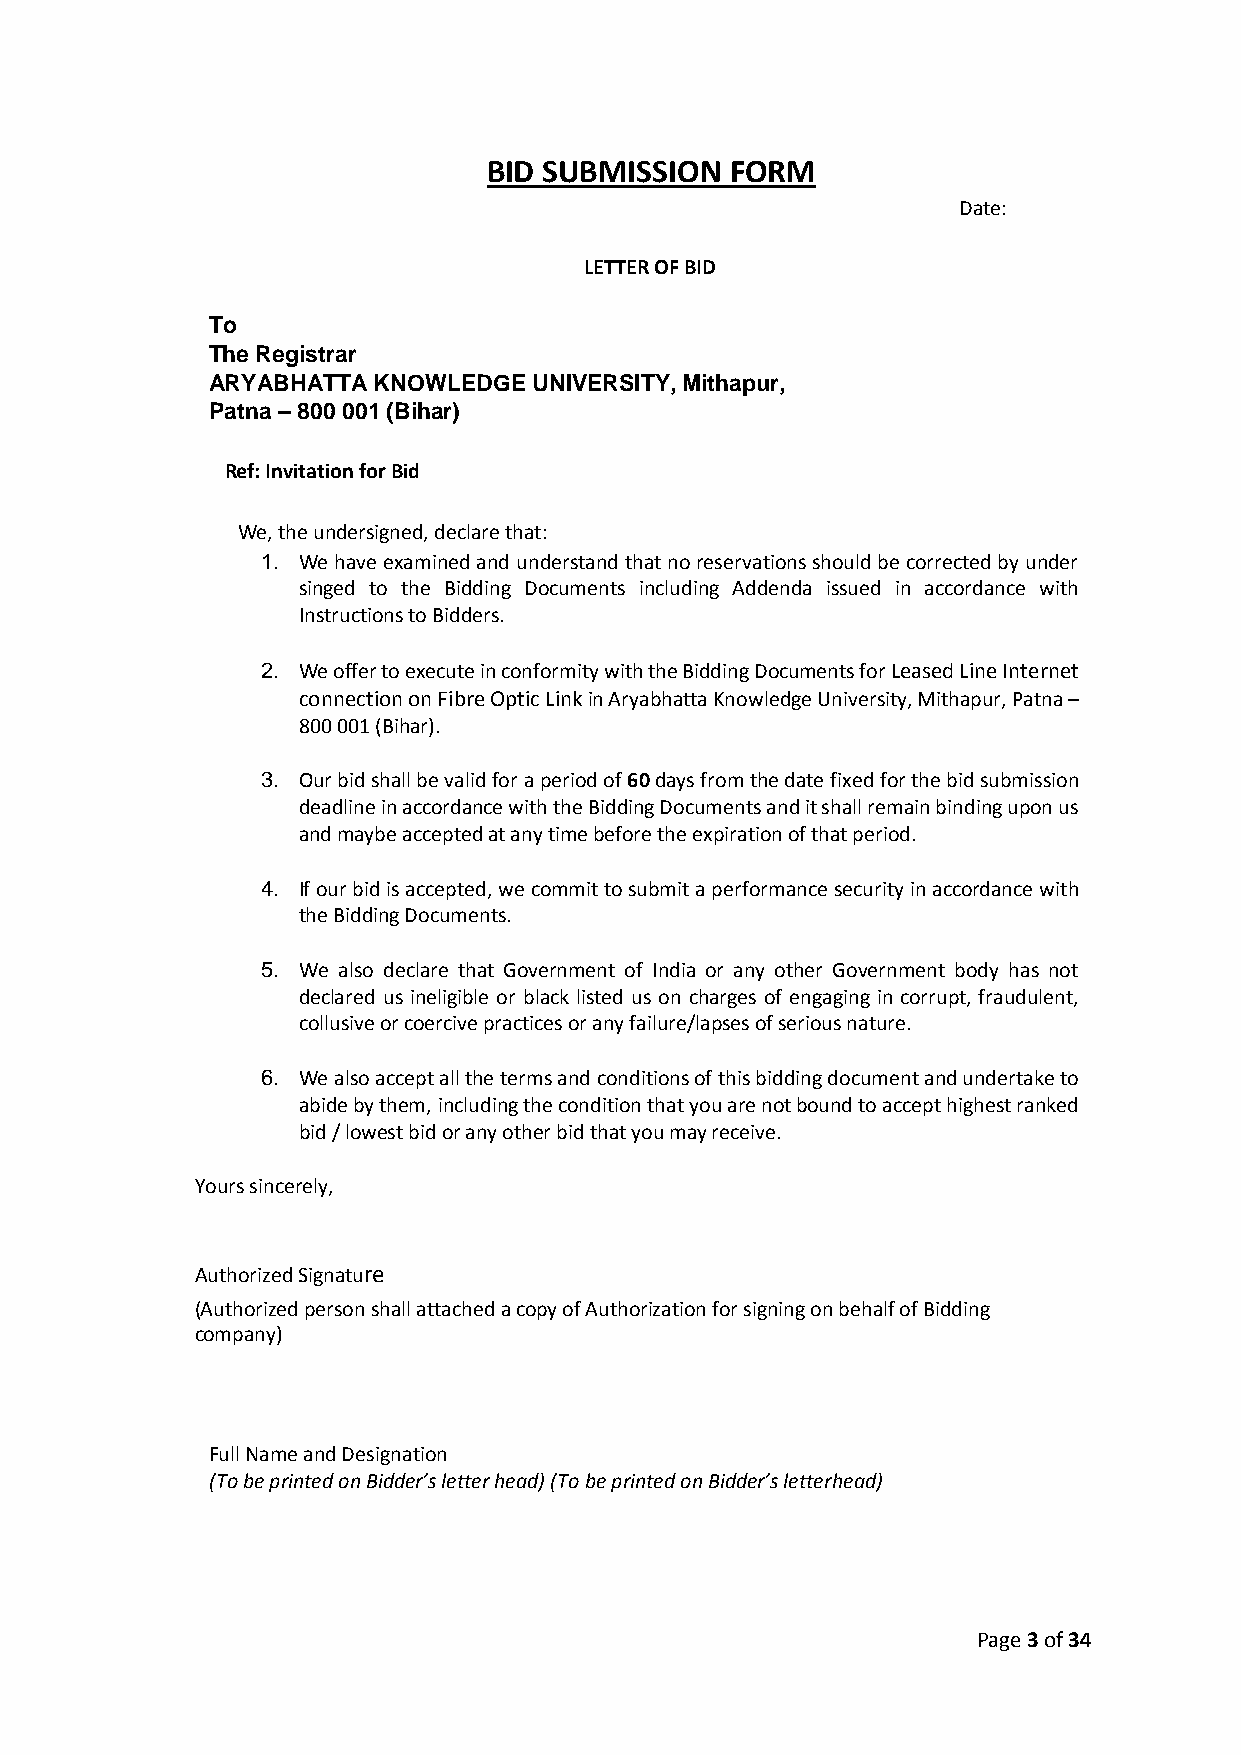
BID SUBMISSION  FORM
 Date:
 LETTER OF BID
 To
 The Registrar
 ARYABHATTA KNOWLEDGE UNIVERSITY, Mithapur,
 Patna – 800 001 (Bihar)
 Ref: Invitation for Bid
 We, the undersigned, declare that:
 1. We have examined and understand that no reservations should be corrected by under
 singed to the Bidding Documents including Addenda issued in accordance with
 Instructions to Bidders.
 2. We offer to execute in conformity with the Bidding Documents for Leased Line Internet
 connection on Fibre Optic Link in Aryabhatta Knowledge University, Mithapur, Patna –
 800 001 (Bihar).
 3. Our bid shall be valid for a period of 60 days from the date fixed for the bid submission
 deadline in accordance with the Bidding Documents and it shall remain binding upon us
 and maybe accepted at any time before the expiration of that period.
 4. If our bid is accepted, we commit to submit a performance security in accordance with
 the Bidding Documents.
 5. We also declare that Government of India or any other Government body has not
 declared us ineligible or black listed us on charges of engaging in corrupt, fraudulent,
 collusive or coercive practices or any failure/lapses of serious nature.
 6. We also accept all the terms and conditions of this bidding document and undertake to
 abide by them, including the condition that you are not bound to accept highest ranked
 bid / lowest bid or any other bid that you may receive.
 Yours sincerely,
 Authorized Signature
 (Authorized person shall attached a copy of Authorization for signing on behalf of Bidding
 company)
 Full Name and Designation
 (To be printed on Bidder’s letter head) (To be printed on Bidder’s letterhead)
 Page 3 of 34